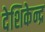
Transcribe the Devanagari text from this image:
देशिकेन्द्र